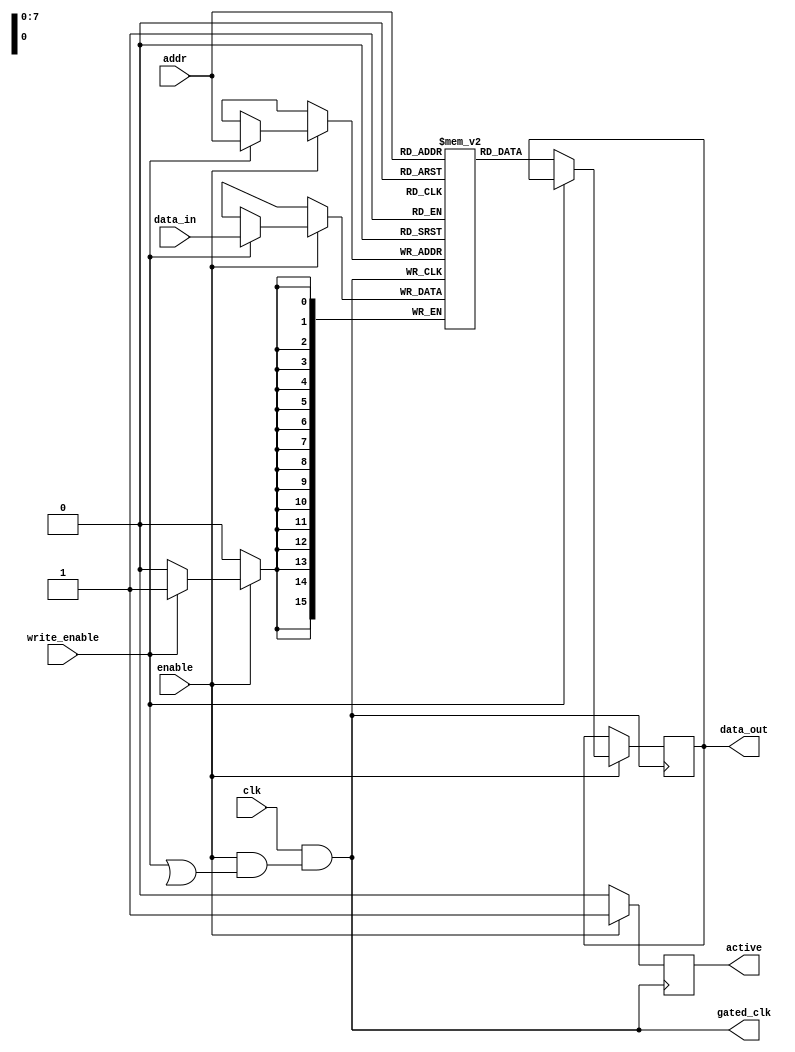
module MemoryBlockConditionalClockGating #(
    parameter ADDR_WIDTH = 8,
    parameter DATA_WIDTH = 16,
    parameter MEM_SIZE = (1 << ADDR_WIDTH) // Memory size
)(
    input wire clk,                // Original clock
    input wire enable,             // Control signal to enable memory operations
    input wire write_enable,       // Control signal to enable write operations
    input wire [ADDR_WIDTH-1:0] addr, // Address input
    input wire [DATA_WIDTH-1:0] data_in, // Data input for write operations
    output reg [DATA_WIDTH-1:0] data_out, // Data output for read operations
    output wire gated_clk,         // Gated clock output
    output reg active              // Status indicator for memory operation state
);

    // Internal memory array
    reg [DATA_WIDTH-1:0] memory [0:MEM_SIZE-1];

    // Clock gating logic
    wire clk_gating_condition;
    assign clk_gating_condition = enable && (write_enable || data_out_valid); // Condition to enable clock

    // Generate gated clock signal
    assign gated_clk = clk && clk_gating_condition;

    // Memory operation and clock control
    always @(posedge gated_clk) begin
        if (enable) begin
            active <= 1'b1; // Memory is active
            if (write_enable) begin
                memory[addr] <= data_in; // Write operation
            end else begin
                data_out <= memory[addr]; // Read operation
            end
        end else begin
            active <= 1'b0; // Memory is inactive
        end
    end

    // Optional: Output status indicator for debug
    always @(posedge clk) begin
        if (!enable) begin
            $display("Memory Block is in sleep mode.");
        end else if (active) begin
            $display("Memory Block is active.");
        end
    end

endmodule